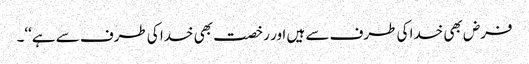
فرض بھی خدا کی طرف سے ہیں اور رخصت بھی خدا کی طرف سے ہے‘‘۔